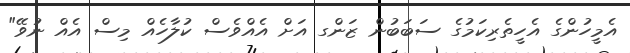
އެމީހުންގެ އެހީތެރިކަމުގެ ސަބަބުން ޒަންގ އަށް އެއްވެސް ކުލާހެއް މިސް އެއް ނުވޭ"